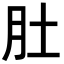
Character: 肚